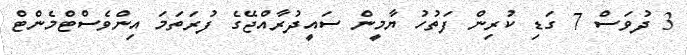
3 ދުވަސް 7 ގަޑި ކުރިން ފަތުހު ޔާމީން ސައީދުރާއްޖޭގެ ފުރަތަމަ އިންވެސްޓްމެންޓް